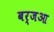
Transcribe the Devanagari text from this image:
बर्जआ